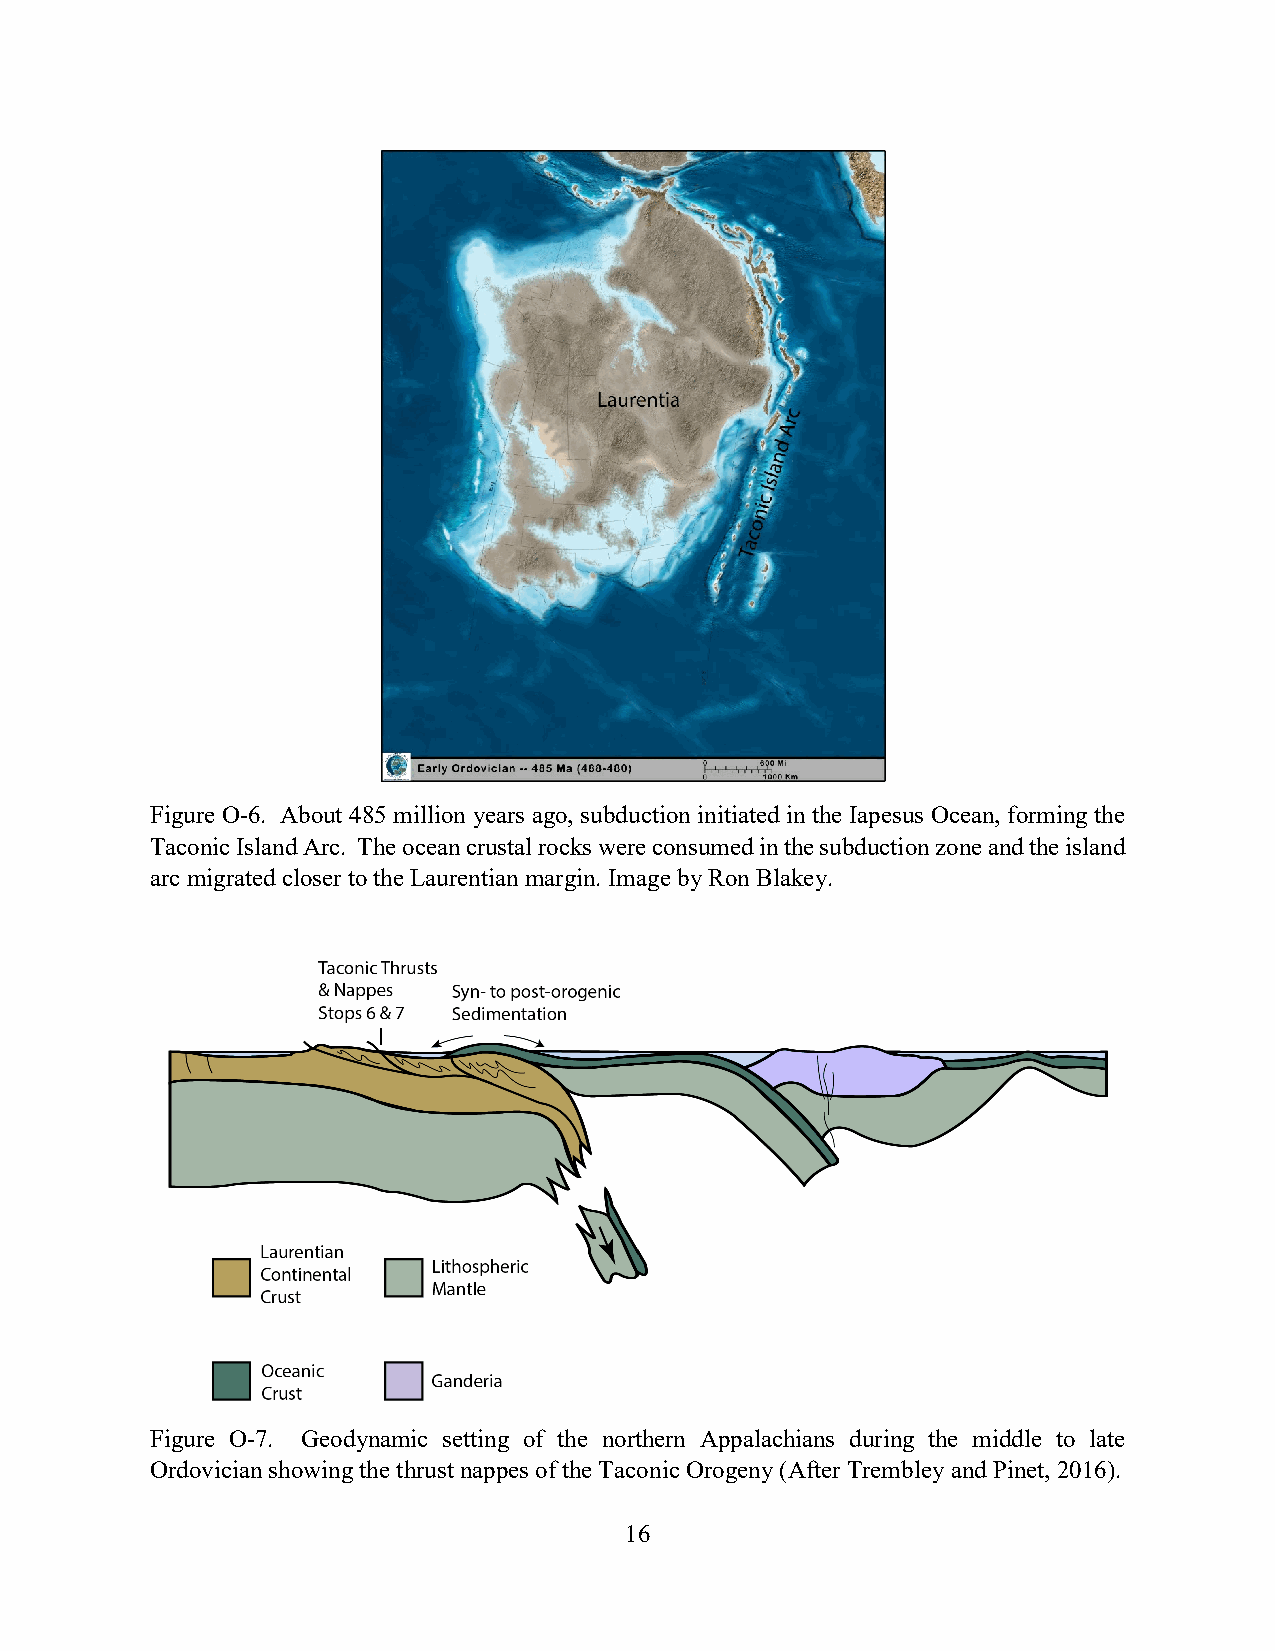
Figure O-6. About 485 million years ago, subduction initiated in the Iapesus Ocean, forming the
 Taconic Island Arc. The ocean crustal rocks were consumed in the subduction zone and the island
 arc migrated closer to the Laurentian margin. Image by Ron Blakey.
 Figure O-7. Geodynamic setting of the northern Appalachians during the middle to late
 Ordovician showing the thrust nappes of the Taconic Orogeny (After Trembley and Pinet, 2016).
 16